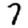
Digit: 7